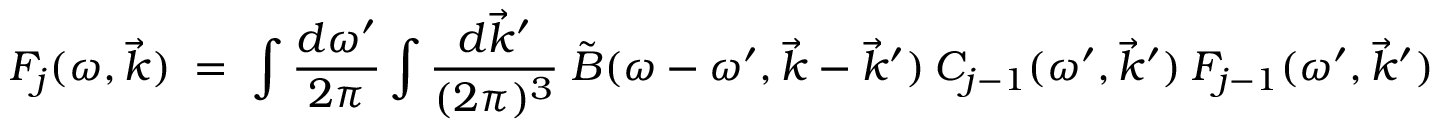
F _ { j } ( \omega , \vec { k } ) \; = \; \int \frac { d \omega ^ { \prime } } { 2 \pi } \int \frac { d \vec { k } ^ { \prime } } { ( 2 \pi ) ^ { 3 } } \; \tilde { B } ( \omega - \omega ^ { \prime } , \vec { k } - \vec { k } ^ { \prime } ) \: C _ { j - 1 } ( \omega ^ { \prime } , \vec { k } ^ { \prime } ) \: F _ { j - 1 } ( \omega ^ { \prime } , \vec { k } ^ { \prime } )